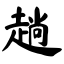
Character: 趟